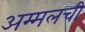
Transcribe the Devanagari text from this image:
अम्मलची